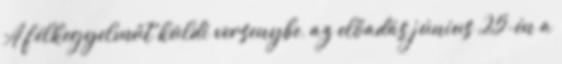
A félkegyelműt küldi versenybe, az előadás június 25-én a